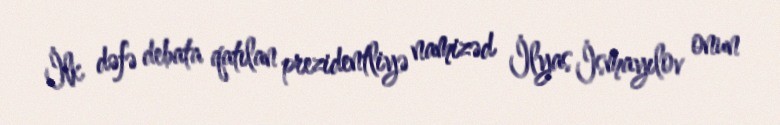
İlk dəfə debata qatılan prezidentliyə namizəd İlyas İsmayılov onun